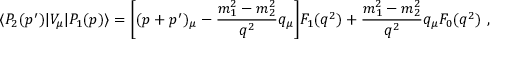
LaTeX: \langle P _ { 2 } ( p ^ { \prime } ) | V _ { \mu } | P _ { 1 } ( p ) \rangle = \Bigg [ ( p + p ^ { \prime } ) _ { \mu } - \frac { m _ { 1 } ^ { 2 } - m _ { 2 } ^ { 2 } } { q ^ { 2 } } q _ { \mu } \Bigg ] F _ { 1 } ( q ^ { 2 } ) + \frac { m _ { 1 } ^ { 2 } - m _ { 2 } ^ { 2 } } { q ^ { 2 } } q _ { \mu } F _ { 0 } ( q ^ { 2 } ) ~ ,